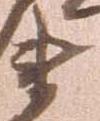
衛